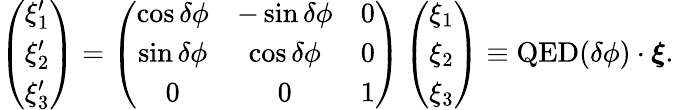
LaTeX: \left(\begin{array}{l}{\xi_{1}^{\prime}}\\ {\xi_{2}^{\prime}}\\ {\xi_{3}^{\prime}}\end{array}\right)=\left(\begin{array}{ccc}{\cos\delta\phi}&{-\sin\delta\phi}&{0}\\ {\sin\delta\phi}&{\cos\delta\phi}&{0}\\ {0}&{0}&{1}\end{array}\right)\left(\begin{array}{l}{\xi_{1}}\\ {\xi_{2}}\\ {\xi_{3}}\end{array}\right)\equiv{\mathrm{QED}}(\delta\phi)\cdot\boldsymbol{\xi}.